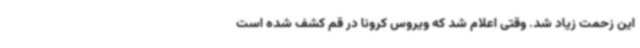
این زحمت زیاد شد. وقتی اعلام شد که ویروس کرونا در قم کشف شده است